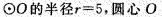
\odotO的半径r=5,圆心O